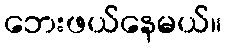
ဘေးဖယ်နေမယ်။